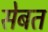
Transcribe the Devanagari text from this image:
सेबत